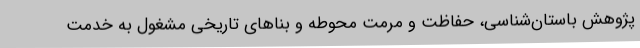
پژوهش باستان‌شناسی، حفاظت و مرمتِ محوطه و بناهای تاریخی مشغول به خدمت